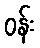
ဝန်း